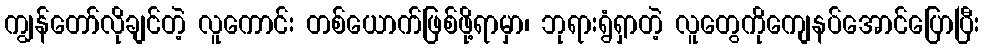
ကျွန်တော်လိုချင်တဲ့ လူကောင်း တစ်ယောက်ဖြစ်ဖို့ရာမှာ၊ ဘုရားရွံရှာတဲ့ လူတွေကိုကျေနပ်အောင်ပြောပြီး